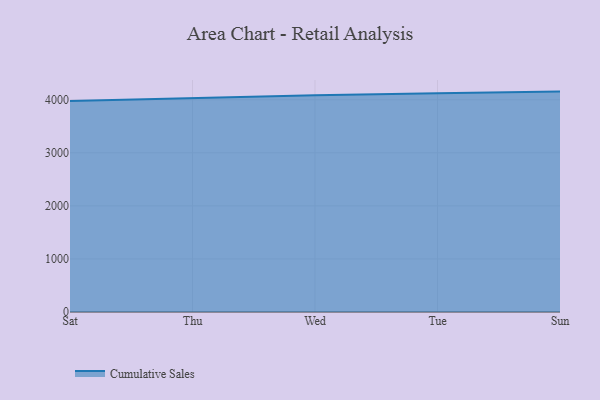
{"axis": {"x": "Day", "y": "Churn Rate (%)"}, "legend": ["Cumulative Sales"], "data": [{"x": "Sat", "y": 3974.5, "type": "Cumulative Sales"}, {"x": "Thu", "y": 4033.6, "type": "Cumulative Sales"}, {"x": "Wed", "y": 4084.4, "type": "Cumulative Sales"}, {"x": "Tue", "y": 4125.1, "type": "Cumulative Sales"}, {"x": "Sun", "y": 4153.9, "type": "Cumulative Sales"}]}